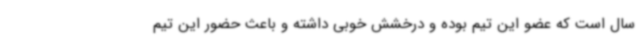
سال است که عضو این تیم بوده و درخشش خوبی داشته‌ و باعث حضور این تیم